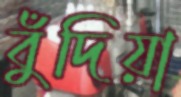
বুঁদিয়া